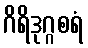
ဂိရိဒုဂ္ဂစရံ